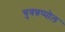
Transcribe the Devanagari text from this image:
चुवन्नप्पोल